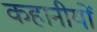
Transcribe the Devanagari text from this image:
कहानीयों